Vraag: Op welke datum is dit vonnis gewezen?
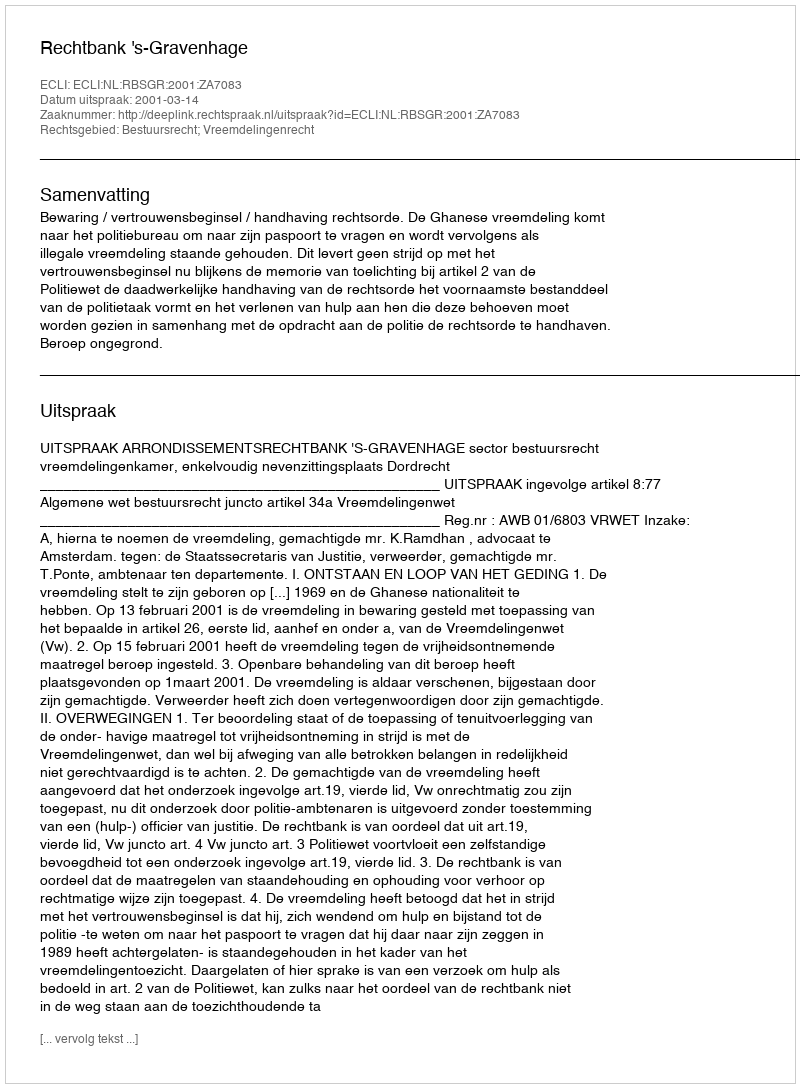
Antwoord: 2001-03-14